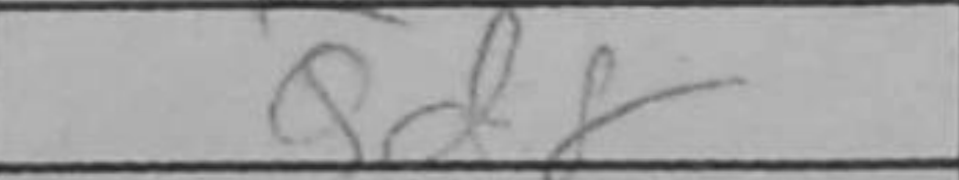
Transcription: Qd8